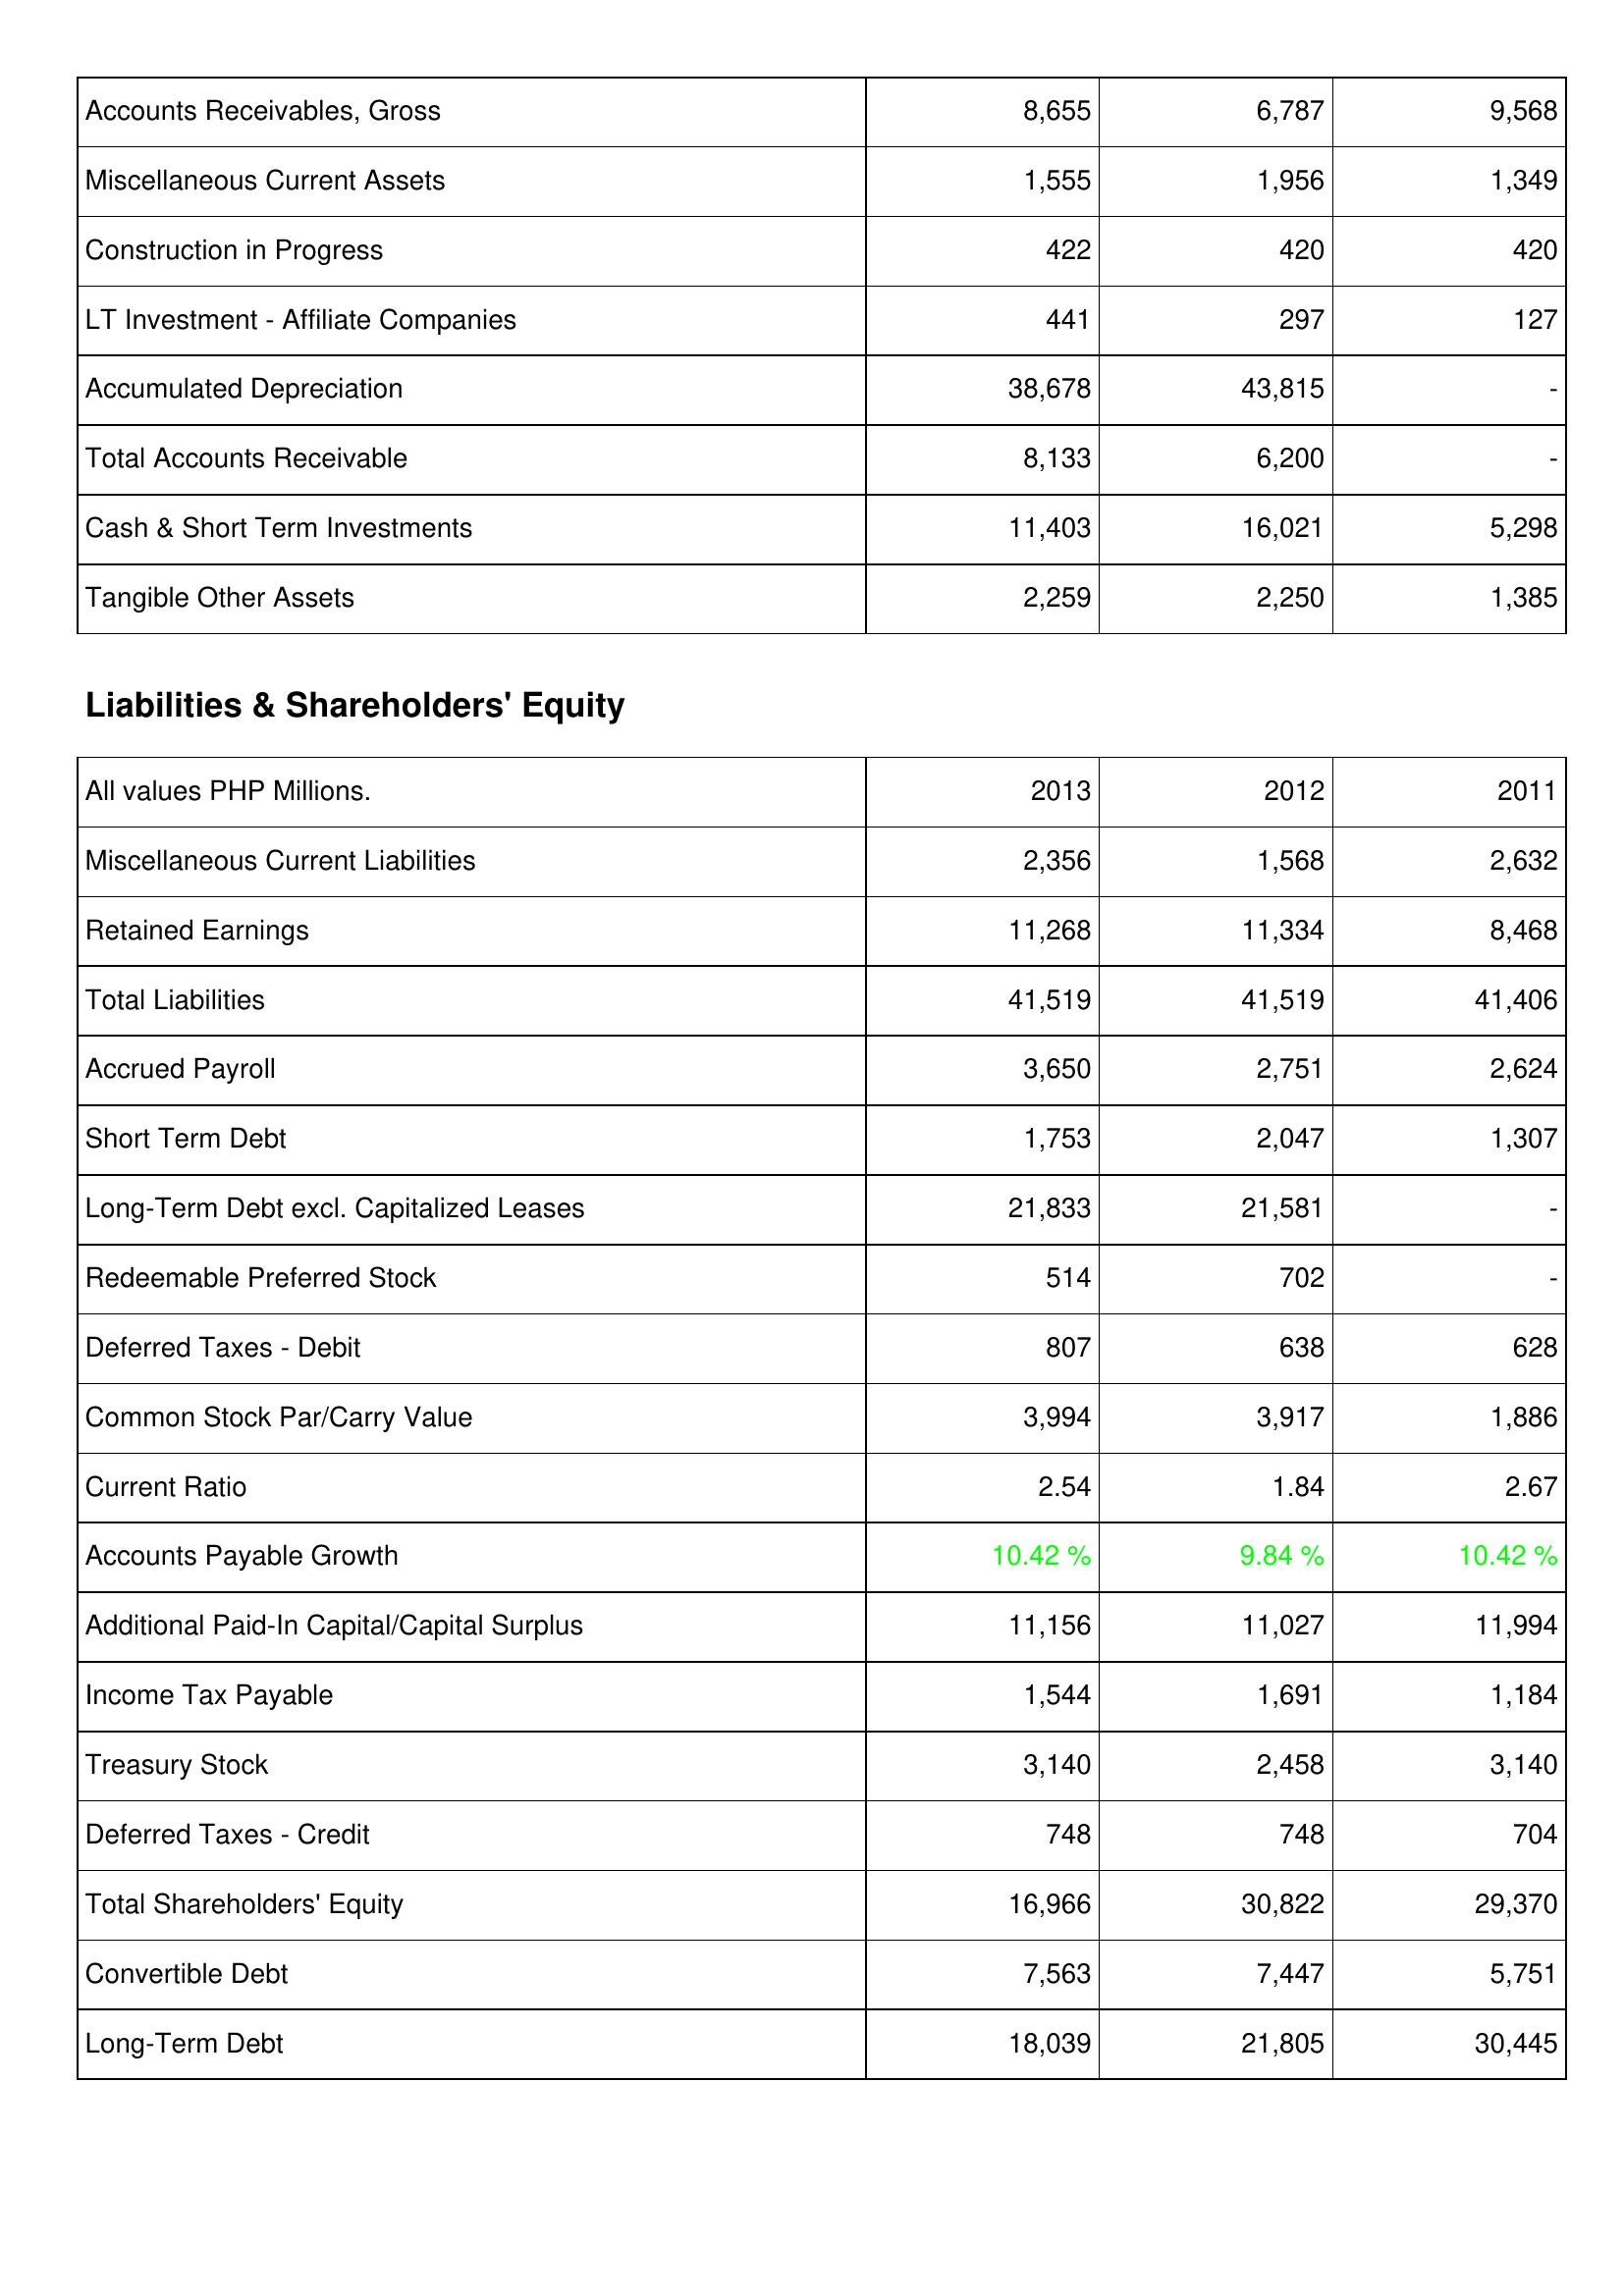
2013: Assets: Accounts Receivables, Gross: 8,655
Miscellaneous Current Assets: 1,555
Construction in Progress: 422
LT Investment - Affiliate Companies: 441
Accumulated Depreciation: 38,678
Total Accounts Receivable: 8,133
Cash & Short Term Investments: 11,403
Tangible Other Assets: 2,259
Liabilities & Shareholders' Equity: Miscellaneous Current Liabilities: 2,356
Retained Earnings: 11,268
Total Liabilities: 41,519
Accrued Payroll: 3,650
Short Term Debt: 1,753
Long-Term Debt excl. Capitalized Leases: 21,833
Redeemable Preferred Stock: 514
Deferred Taxes - Debit: 807
Common Stock Par/Carry Value: 3,994
Current Ratio: 2.54
Accounts Payable Growth: 10.42 %
Additional Paid-In Capital/Capital Surplus: 11,156
Income Tax Payable: 1,544
Treasury Stock: 3,140
Deferred Taxes - Credit: 748
Total Shareholders' Equity: 16,966
Convertible Debt: 7,563
Long-Term Debt: 18,039
2012: Assets: Accounts Receivables, Gross: 6,787
Miscellaneous Current Assets: 1,956
Construction in Progress: 420
LT Investment - Affiliate Companies: 297
Accumulated Depreciation: 43,815
Total Accounts Receivable: 6,200
Cash & Short Term Investments: 16,021
Tangible Other Assets: 2,250
Liabilities & Shareholders' Equity: Miscellaneous Current Liabilities: 1,568
Retained Earnings: 11,334
Total Liabilities: 41,519
Accrued Payroll: 2,751
Short Term Debt: 2,047
Long-Term Debt excl. Capitalized Leases: 21,581
Redeemable Preferred Stock: 702
Deferred Taxes - Debit: 638
Common Stock Par/Carry Value: 3,917
Current Ratio: 1.84
Accounts Payable Growth: 9.84 %
Additional Paid-In Capital/Capital Surplus: 11,027
Income Tax Payable: 1,691
Treasury Stock: 2,458
Deferred Taxes - Credit: 748
Total Shareholders' Equity: 30,822
Convertible Debt: 7,447
Long-Term Debt: 21,805
2011: Assets: Accounts Receivables, Gross: 9,568
Miscellaneous Current Assets: 1,349
Construction in Progress: 420
LT Investment - Affiliate Companies: 127
Accumulated Depreciation: -
Total Accounts Receivable: -
Cash & Short Term Investments: 5,298
Tangible Other Assets: 1,385
Liabilities & Shareholders' Equity: Miscellaneous Current Liabilities: 2,632
Retained Earnings: 8,468
Total Liabilities: 41,406
Accrued Payroll: 2,624
Short Term Debt: 1,307
Long-Term Debt excl. Capitalized Leases: -
Redeemable Preferred Stock: -
Deferred Taxes - Debit: 628
Common Stock Par/Carry Value: 1,886
Current Ratio: 2.67
Accounts Payable Growth: 10.42 %
Additional Paid-In Capital/Capital Surplus: 11,994
Income Tax Payable: 1,184
Treasury Stock: 3,140
Deferred Taxes - Credit: 704
Total Shareholders' Equity: 29,370
Convertible Debt: 5,751
Long-Term Debt: 30,445